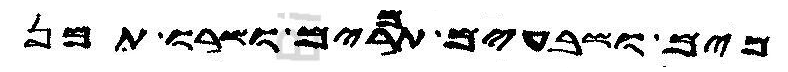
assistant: מים ושבעים תמרים ושרו תמן